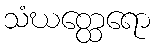
သံဃတ္ထေရော